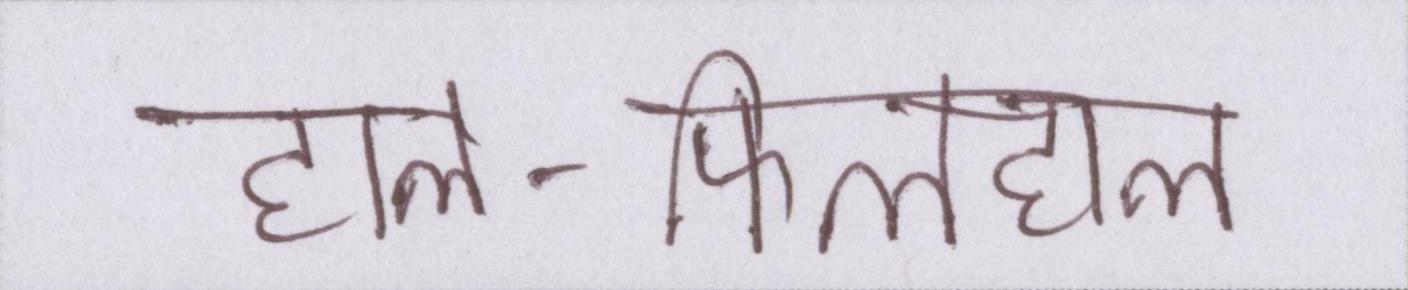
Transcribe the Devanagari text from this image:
हाल-फिलहाल